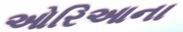
ઓરિઆના